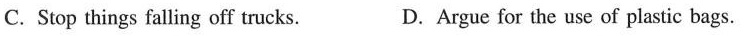
C.Stop things falling off trucks.